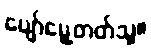
ပျော်မွေ့တတ်သူ။